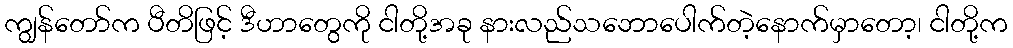
ကျွန်တော်က ပီတိဖြင့် ဒီဟာတွေကို ငါတို့အခု နားလည်သဘောပေါက်တဲ့နောက်မှာတော့၊ ငါတို့က